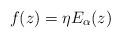
LaTeX: \begin{align*}f(z)= \eta E_\alpha(z)\end{align*}